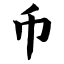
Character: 币